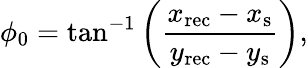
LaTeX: \phi_{0}=\tan^{-1}\left(\frac{x_{\mathrm{{rec}}}-x_{\mathrm{{s}}}}{y_{\mathrm{{rec}}}-y_{\mathrm{{s}}}}\right),